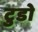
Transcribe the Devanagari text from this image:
टुडो